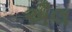
ઐલ